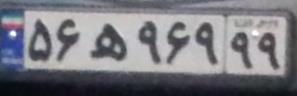
۵۶ه۹۶۹۹۹